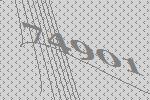
74901